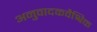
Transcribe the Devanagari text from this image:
अनुवादकवैश्विक